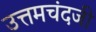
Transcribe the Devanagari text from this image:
उत्तमचंदजी